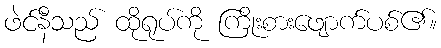
ဖဲင်နီသည် ထိုရုပ်ကို ကြိုးစားဖျောက်ပစ်၏။